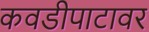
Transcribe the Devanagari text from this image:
कवडीपाटावर